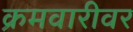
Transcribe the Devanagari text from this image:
क्रमवारीवर